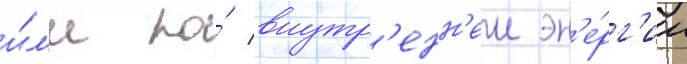
и́л'и по́ внутр'енн'еи эн'е́рг'ии